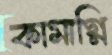
কামাগ্নি